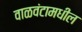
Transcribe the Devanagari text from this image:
वाळवंटामधील